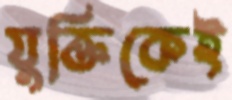
যুক্তিকেই